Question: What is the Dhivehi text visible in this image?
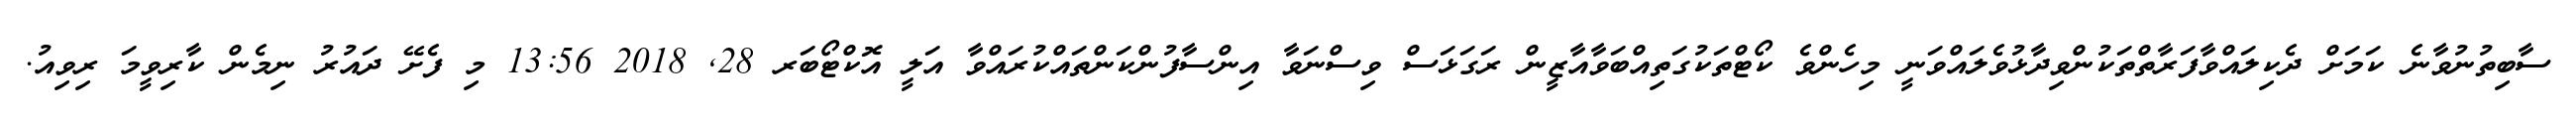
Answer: ސާބިތުނުވާނެ ކަމަށް ދެކިލައްވާފަރާތްތަކުންވިދާޅުވެލައްވަނީ މިހެންވެ ކޯޓްތަކުގަތިއްބަވާއާޒީން ރަގަޅަސް ވިސްނަވާ އިންސާފުންކަންތައްކުރައްވާ އަލީ އޮކްޓޯބަރ 28, 2018 13:56 މި ފެށޭ ދައުރު ނިމެން ކާރިވީމަ ރިވިއު.